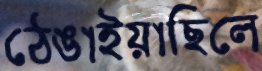
ঠেঙাইয়াছিলে